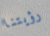
رؤيتنا